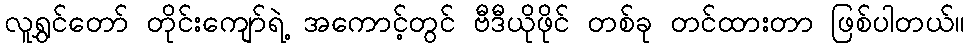
လူရွှင်တော် တိုင်းကျော်ရဲ့ အကောင့်တွင် ဗီဒီယိုဖိုင် တစ်ခု တင်ထားတာ ဖြစ်ပါတယ်။